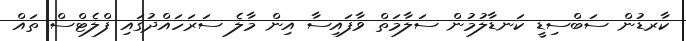
ކާރޑުން ސަބްސިޑީ ކަނޑާލުމުން ސަލާމަތް ވާފައިސާ އިން މާލެ ސަރަހައްދުގައި ފްލެޓްސް ތައް